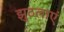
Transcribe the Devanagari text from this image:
झुठलाएं